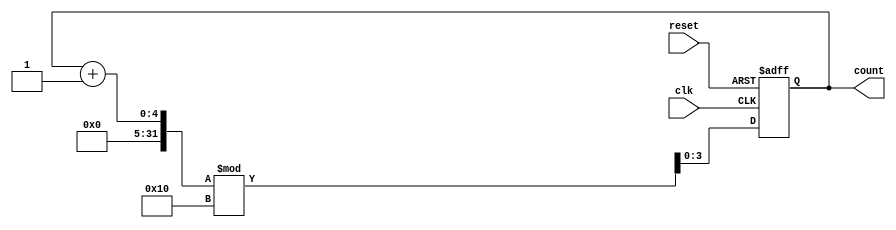
module binary_counter #(
    parameter N = 4 // Number of bits for the counter (can be adjusted as needed)
) (
    input wire clk,      // Clock signal
    input wire reset,    // Asynchronous active-high reset
    output reg [N-1:0] count // Current state output (counter value)
);

    // State transition on clock edge
    always @(posedge clk or posedge reset) begin
        if (reset) begin
            count <= 0; // Reset the counter to 0
        end else begin
            count <= (count + 1) % (1 << N); // Increment and wrap around
        end
    end

endmodule